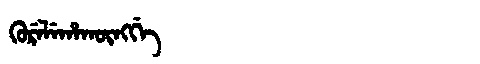
Manchu: ᡴᡠᡵᡝᠯᡝᡥᠠᡴᡡᠩᡤᡝ
Romanization: KURELEHAKŪNGGE